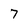
Character: 7